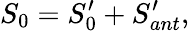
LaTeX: S_{0}=S_{0}^{\prime}+S_{ant}^{\prime},